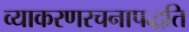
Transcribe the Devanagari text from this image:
व्याकरणरचनापद्धति